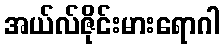
အယ်လ်ဇိုင်းမားရောဂါ